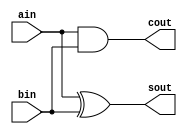
`ifndef __HALFADDER__
`define __HALFADDER__
module half_adder(
ain,bin,sout,cout);

input ain,bin;
output sout,cout;


assign sout=ain^bin;
assign cout=(ain&bin);

endmodule
`endif